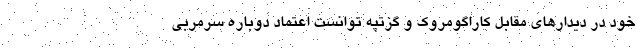
خود در دیدار‌های مقابل کاراگومروک و گزتپه توانست اعتماد دوباره سرمربی